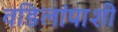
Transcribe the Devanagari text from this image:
वडिलांपाशी